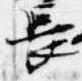
長